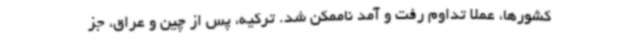
کشورها، عملا تداوم رفت و آمد ناممکن شد. ترکیه، پس از چین و عراق، جز